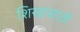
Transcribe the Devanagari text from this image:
शिखांसाठी